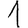
Digit: 1